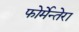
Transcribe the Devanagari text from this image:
फोर्मेन्तेरा